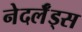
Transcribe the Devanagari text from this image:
नेदर्लँड्स